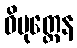
ဝိမုတ္တေန